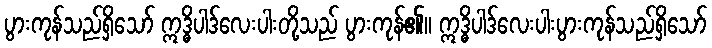
ပွားကုန်သည်ရှိသော် ဣဒ္ဓိပါဒ်လေးပါးတို့သည် ပွားကုန်၏။ ဣဒ္ဓိပါဒ်လေးပါးပွားကုန်သည်ရှိသော်